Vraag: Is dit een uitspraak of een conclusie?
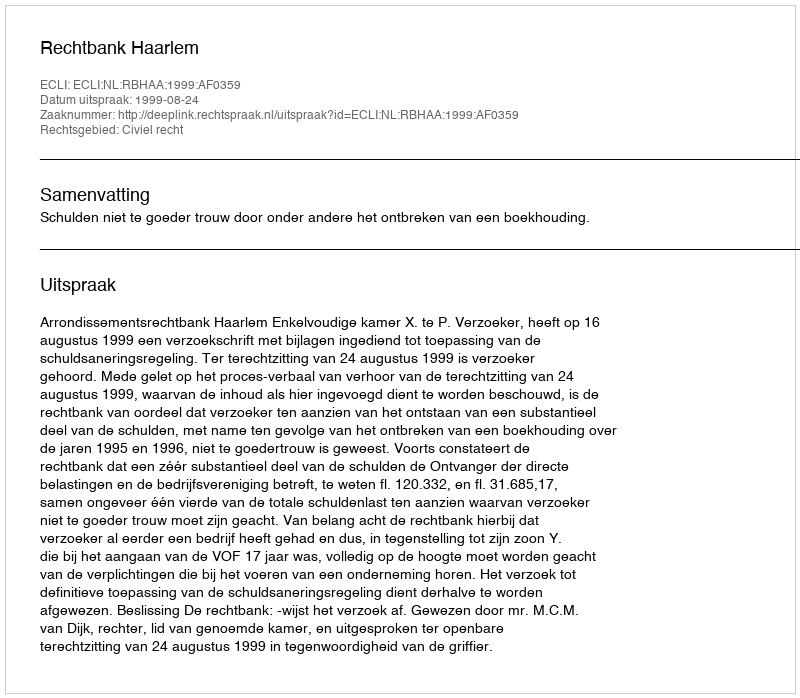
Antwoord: Uitspraak